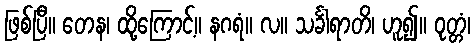
ဖြစ်ပြီ။ တေန၊ ထို့ကြောင့်။ နဂရံ။ လ။ သင်္ခါရာတိ၊ ဟူ၍။ ဝုတ္တံ၊